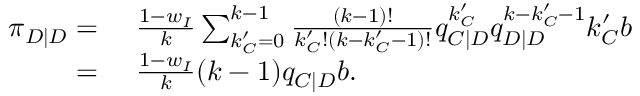
\begin{array} { r l } { \pi _ { D | D } = } & { { } ~ \frac { 1 - w _ { I } } { k } \sum _ { k _ { C } ^ { \prime } = 0 } ^ { k - 1 } { \frac { ( k - 1 ) ! } { k _ { C } ^ { \prime } ! ( k - k _ { C } ^ { \prime } - 1 ) ! } q _ { C | D } ^ { k _ { C } ^ { \prime } } q _ { D | D } ^ { k - k _ { C } ^ { \prime } - 1 } k _ { C } ^ { \prime } b } } \\ { = } & { { } ~ \frac { 1 - w _ { I } } { k } ( k - 1 ) q _ { C | D } b . } \end{array}